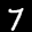
Label: 7